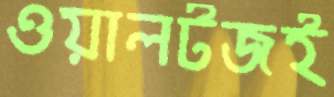
ওয়ালটজই